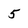
Character: 5